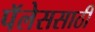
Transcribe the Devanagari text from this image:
पॅलेससाठी